Report on sanitation, dispensaries, and jails in Rajputana for 1914, and on vaccination for the year 1914-1915 - 1914-1915
Year: 1914
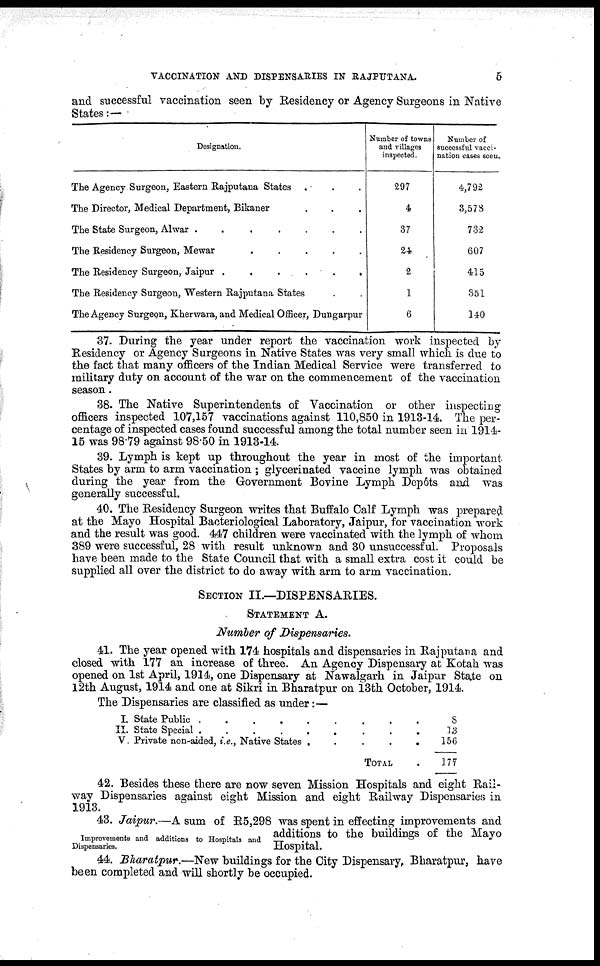
VACCINATION AND DISPENSARIES IN RAJPUTANA.
5
and successful vaccination seen by Residency or Agency Surgeons in Native
States:—
Designation.
The Agency Surgeon, Eastern Rajputana States . . .
The Director, Medical Department, Bikaner . . .
The State Surgeon, Alwar .
.
.
.
.
.
.
The Residency Surgeon, Mewar
.
.
.
.
.
The Residency Surgeon, Jaipur .
.
.
.
.
.
The Residency Surgeon, Western Rajputana States . .
The Agency Surgeon, Kherwara, and Medical Officer, Dungarpur
Number of towns
and villages
inspected.
297
4
37
24
2
1
6
Number of
successful vacci-
nation cases seen.
4,792
3,578
732
607
415
351
140
37. During the year under report the vaccination work inspected by
Residency or Agency Surgeons in Native States was very small which is due to
the fact that many officers of the Indian Medical Service were transferred to
military duty on account of the war on the commencement of the vaccination
season.
38. The Native Superintendents of Vaccination or other inspecting
officers inspected 107,157 vaccinations against 110,850 in 1913-14. The per-
centage of inspected cases found successful among the total number seen in 1914-
15 was 98.79 against 98.50 in 1913-14.
39. Lymph is kept up throughout the year in most of the important
States by arm to arm vaccination ; glycerinated vaccine lymph was obtained
during the year from the Government Bovine Lymph Depôts and was
generally successful.
40. The Residency Surgeon writes that Buffalo Calf Lymph was prepared
at the Mayo Hospital Bacteriological Laboratory, Jaipur, for vaccination work
and the result was good. 447 children were vaccinated with the lymph of whom
389 were successful, 28 with result unknown and 30 unsuccessful. Proposals
have been made to the State Council that with a small extra cost it could be
supplied all over the district to do away with arm to arm vaccination.
SECTION II.—DISPENSARIES.
STATEMENT A.
Number of Dispensaries.
41. The year opened with 174 hospitals and dispensaries in Rajputana and
closed with 177 an increase of three. An Agency Dispensary at Kotah was
opened on 1st April, 1914, one Dispensary at Nawalgarh in Jaipur State on
12th August, 1914 and one at Sikri in Bharatpur on 13th October, 1914.
The Dispensaries are classified as under:—
I.
II.
V.
State Public .
.
.
.
.
.
.
.
.
State Special . . . . . . . . .
Private non-aided, i.e., Native States .
.
.
.
.
TOTAL .
8
13
156
177
42. Besides these there are now seven Mission Hospitals and eight Rail-
way Dispensaries against eight Mission and eight Railway Dispensaries in
1913.
Improvements and additions to Hospitals and
Dispensaries.
43. Jaipur.—A sum of R5,298 was spent in effecting improvements and
additions to the buildings of the Mayo
Hospital.
44. Bharatpur.—New buildings for the City Dispensary, Bharatpur, have
been completed and will shortly be occupied.